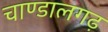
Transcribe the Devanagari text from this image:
चाण्डालगढ़